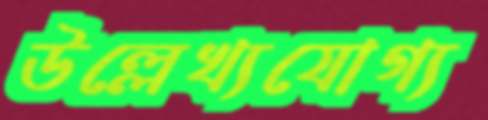
উল্লেখ্যযোগ্য